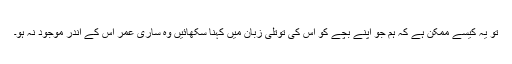
تو یہ کیسے ممکن ہے کہ ہم جو اپنے بچے کو اس کی توتلی زبان میں کہنا سکھائیں وہ ساری عمر اس کے اندر موجود نہ ہو۔